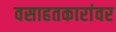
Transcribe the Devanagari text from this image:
वसाहतकारांवर